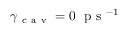
\gamma _ { \mathrm { ~ c ~ a ~ v ~ } } = 0 ~ \mathrm { ~ p ~ s ~ } ^ { - 1 }